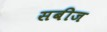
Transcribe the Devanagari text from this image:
सबीज